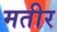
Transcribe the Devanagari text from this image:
मतीर